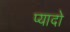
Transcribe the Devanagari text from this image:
प्‍यादो